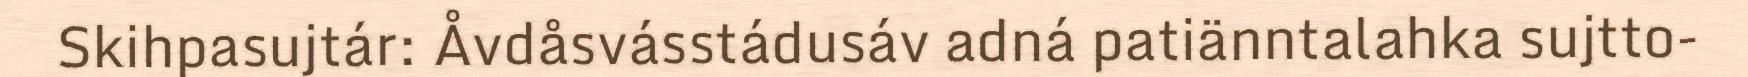
Skihpasujtár: Åvdåsvásstádusáv adná patiänntalahka sujtto-